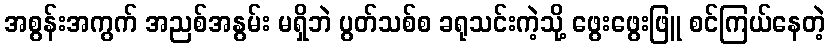
အစွန်းအကွက် အညစ်အနွမ်း မရှိဘဲ ပွတ်သစ်စ ခရုသင်းကဲ့သို့ ဖွေးဖွေးဖြူ စင်ကြယ်နေတဲ့